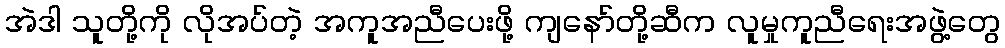
အဲဒါ သူတို့ကို လိုအပ်တဲ့ အကူအညီပေးဖို့ ကျနော်တို့ဆီက လူမှုကူညီရေးအဖွဲ့တွေ